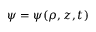
\psi = \psi ( \rho , z , t )